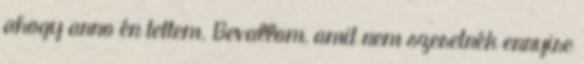
ahogy anno én tettem. Bevallom, amit nem szeretnék ennyire